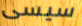
سيسى